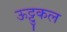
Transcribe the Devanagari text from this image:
ऊट्टुकल